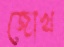
জোখ